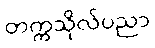
တက္ကသိုလ်ပညာ